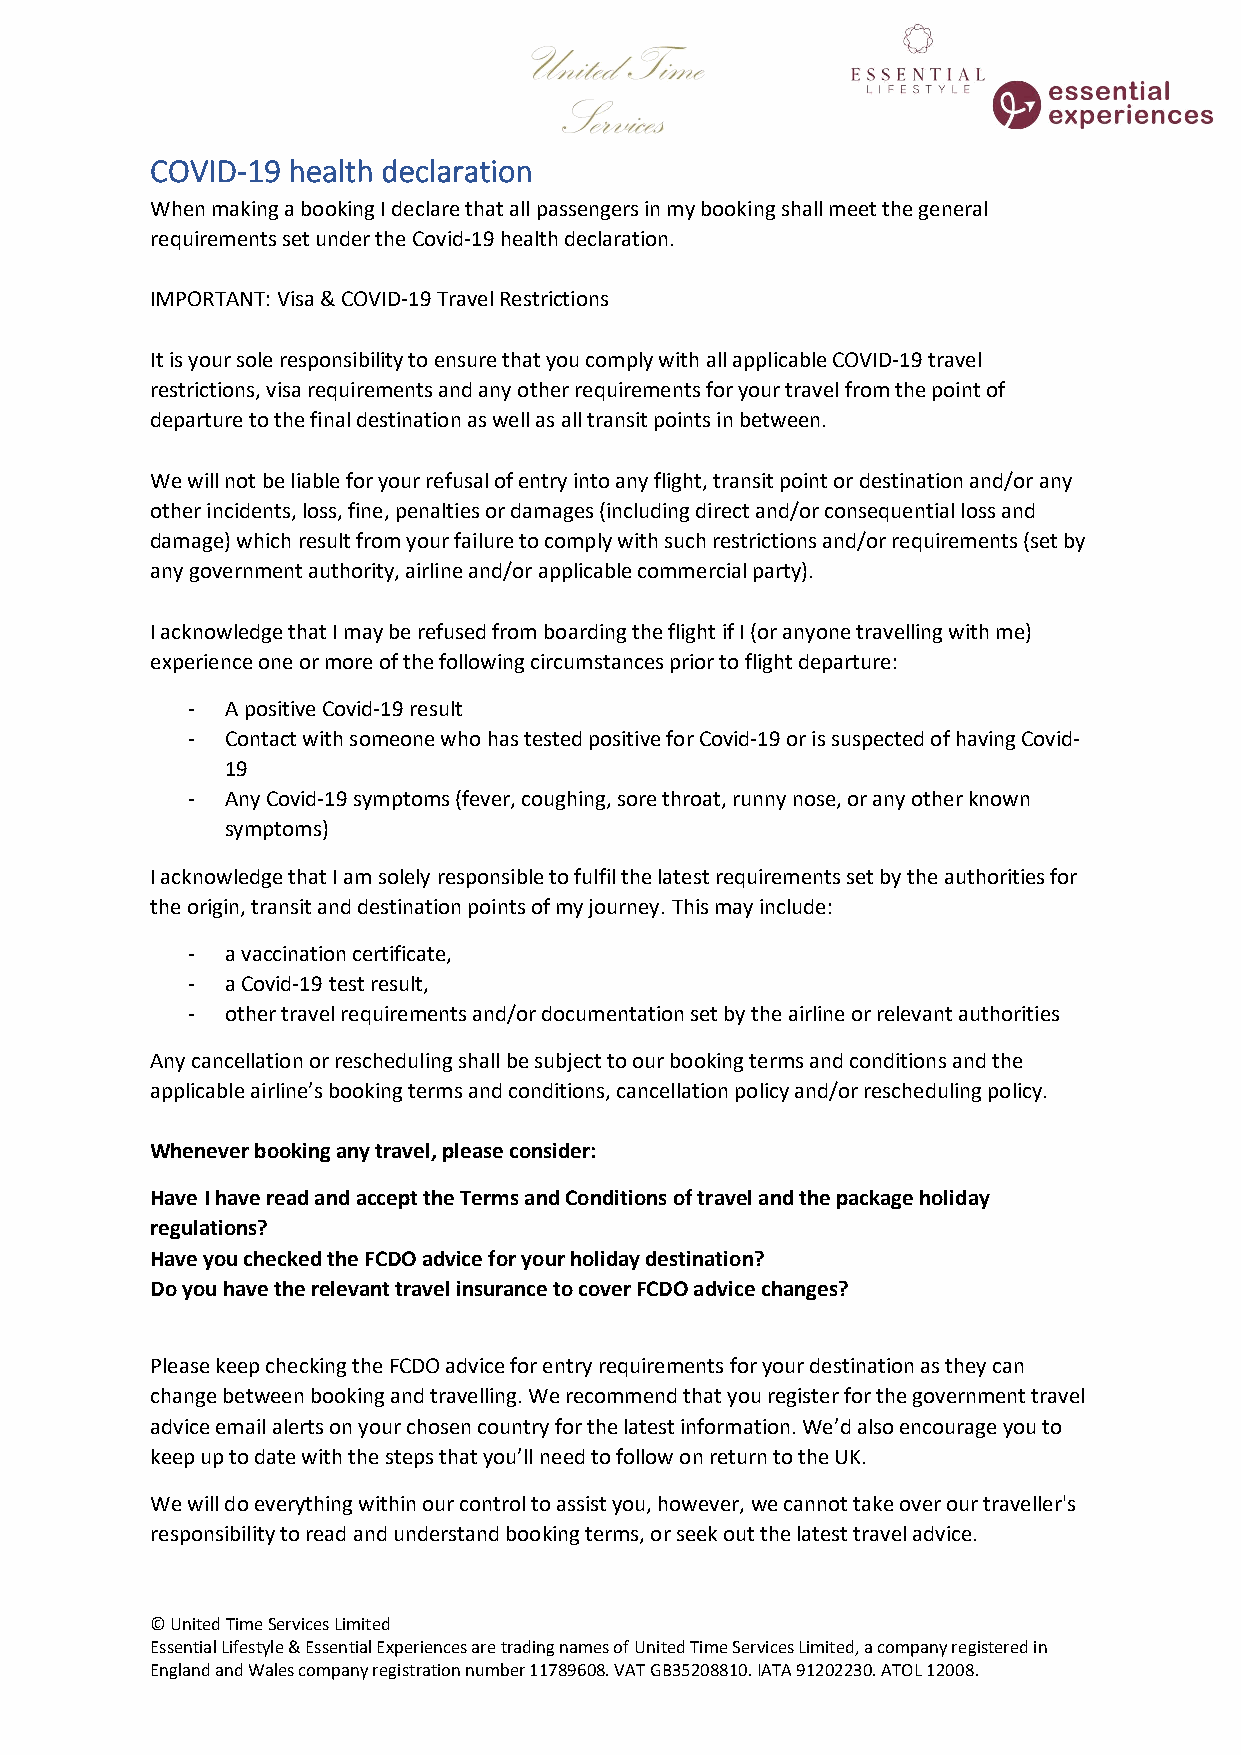
COVID-19 health declaration
 When making a booking I declare that all passengers in my booking shall meet the general
 requirements set under the Covid-19 health declaration.
 IMPORTANT: Visa & COVID-19 Travel Restrictions
 It is your sole responsibility to ensure that you comply with all applicable COVID-19 travel
 restrictions, visa requirements and any other requirements for your travel from the point of
 departure to the final destination as well as all transit points in between.
 We will not be liable for your refusal of entry into any flight, transit point or destination and/or any
 other incidents, loss, fine, penalties or damages (including direct and/or consequential loss and
 damage) which result from your failure to comply with such restrictions and/or requirements (set by
 any government authority, airline and/or applicable commercial party).
 I acknowledge that I may be refused from boarding the flight if I (or anyone travelling with me)
 experience one or more of the following circumstances prior to flight departure:
 -  A positive Covid-19 result
 -  Contact with someone who has tested positive for Covid-19 or is suspected of having Covid-
 19
 -  Any Covid-19 symptoms (fever, coughing, sore throat, runny nose, or any other known
 symptoms)
 I acknowledge that I am solely responsible to fulfil the latest requirements set by the authorities for
 the origin, transit and destination points of my journey. This may include:
 -  a vaccination certificate,
 -  a Covid-19 test result,
 -  other travel requirements and/or documentation set by the airline or relevant authorities
 Any cancellation or rescheduling shall be subject to our booking terms and conditions and the
 applicable airline’s booking terms and conditions, cancellation policy and/or rescheduling policy.
 Whenever booking any travel, please consider:
 Have I have read and accept the Terms and Conditions of travel and the package holiday
 regulations?
 Have you checked the FCDO advice for your holiday destination?
 Do you have the relevant travel insurance to cover FCDO advice changes?
 Please keep checking the FCDO advice for entry requirements for your destination as they can
 change between booking and travelling. We recommend that you register for the government travel
 advice email alerts on your chosen country for the latest information. We’d also encourage you to
 keep up to date with the steps that you’ll need to follow on return to the UK.
 We will do everything within our control to assist you, however, we cannot take over our traveller's
 responsibility to read and understand booking terms, or seek out the latest travel advice.
 © United Time Services Limited
 Essential Lifestyle & Essential Experiences are trading names of United Time Services Limited, a company registered in
 England and Wales company registration number 11789608. VAT GB35208810. IATA 91202230. ATOL 12008.